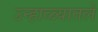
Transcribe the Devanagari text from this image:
उन्हाळ्यातले